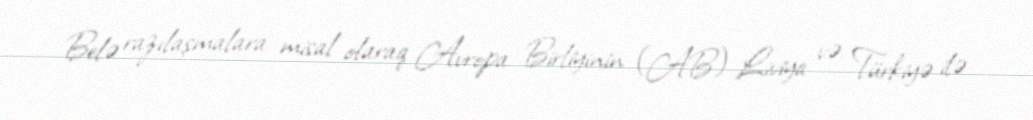
Belə razılaşmalara misal olaraq Avropa Birliyinin (AB) Liviya və Türkiyə ilə